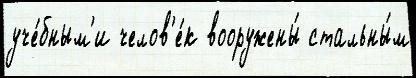
уче́бным'и челов'е́к вооружены́ стальны́м